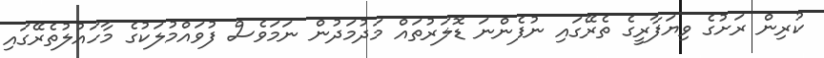
ކުރިން ރަށުގެ ވިޔަފާރީގެ ތެރޭގައި ނުފެންނަ ޑޮލަރުތައް މަދުމަދުން ނަމަވެސް ފުވައްމުލަކުގެ މާހައުލުތެރޭގައި